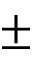
\pm